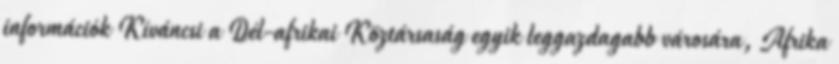
információk Kíváncsi a Dél-afrikai Köztársaság egyik leggazdagabb városára, Afrika